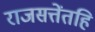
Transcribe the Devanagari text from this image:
राजसत्तेंतहि